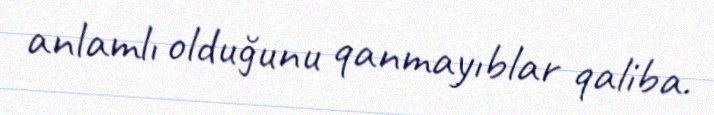
anlamlı olduğunu qanmayıblar qaliba.